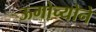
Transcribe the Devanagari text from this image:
ऊगोच्योने